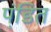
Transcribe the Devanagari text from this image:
पंडि़त